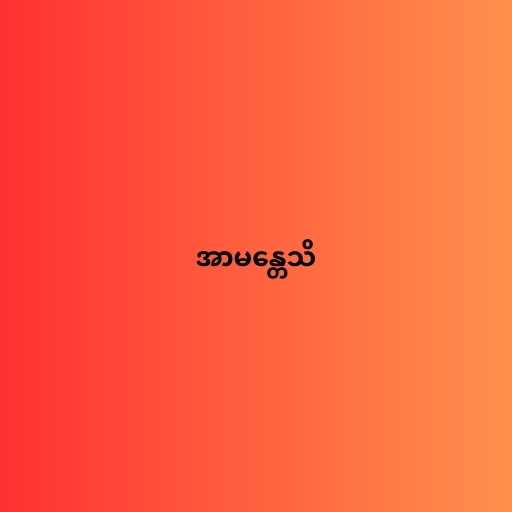
အာမန္တေသိ